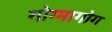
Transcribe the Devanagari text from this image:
गोग्मागोग